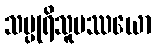
သပ္ပုရိသူပဿယော